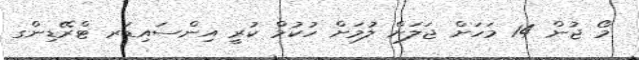
މޯ ޖުން 14 މަހަށް ޖަލަށް ލުމަށް ހުކުމް ކުރީ އިންސައިޑަރ ޓްރޭޑިންގ